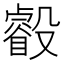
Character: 㲊